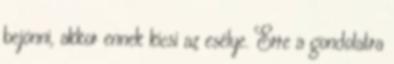
bejönni, akkor ennek kicsi az esélye. Erre a gondolatra